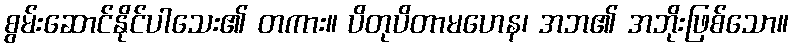
စွမ်းဆောင်နိုင်ပါသေး၏ တကား။ ပိတုပိတာမဟေန၊ အဘ၏ အဘိုးဖြစ်သော။